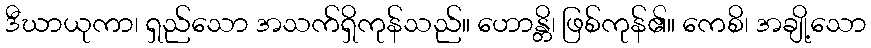
ဒီဃာယုကာ၊ ရှည်သော အသက်ရှိကုန်သည်။ ဟောန္တိ၊ ဖြစ်ကုန်၏။ ကေစိ၊ အချို့သော